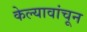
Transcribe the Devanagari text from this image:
केल्यावांचून